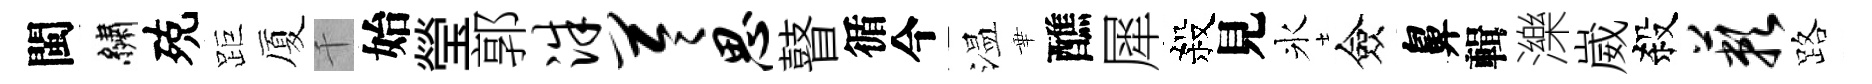
閩繡殑距厦千始瑩郭洙苓思瞽循今温華醮犀殺見氷僉鼻輯濼崴殺蔌路